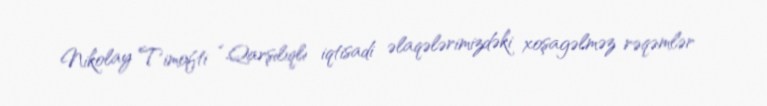
Nikolay Timofti “Qarşılıqlı iqtisadi əlaqələrimizdəki xoşagəlməz rəqəmlər